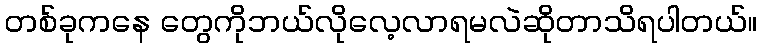
တစ်ခုကနေ တွေကိုဘယ်လိုလေ့လာရမလဲဆိုတာသိရပါတယ်။